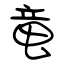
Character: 竜